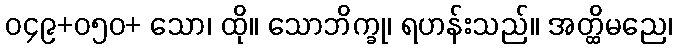
၀၄၉+၀၅၀+ သော၊ ထို။ သောဘိက္ခု၊ ရဟန်းသည်။ အတ္ထိမညေ၊